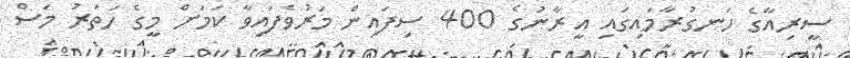
ސީރިއާގެ ހަނގުރާމައިގައި އީރާނުގެ 400 ސިފައިން މަރުވެފައިވާ ކަމަށް މީގެ ހަތަރު މަސް